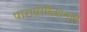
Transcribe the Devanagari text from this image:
पाराप्रोफेशनल